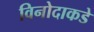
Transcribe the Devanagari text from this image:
विनोदाकडे